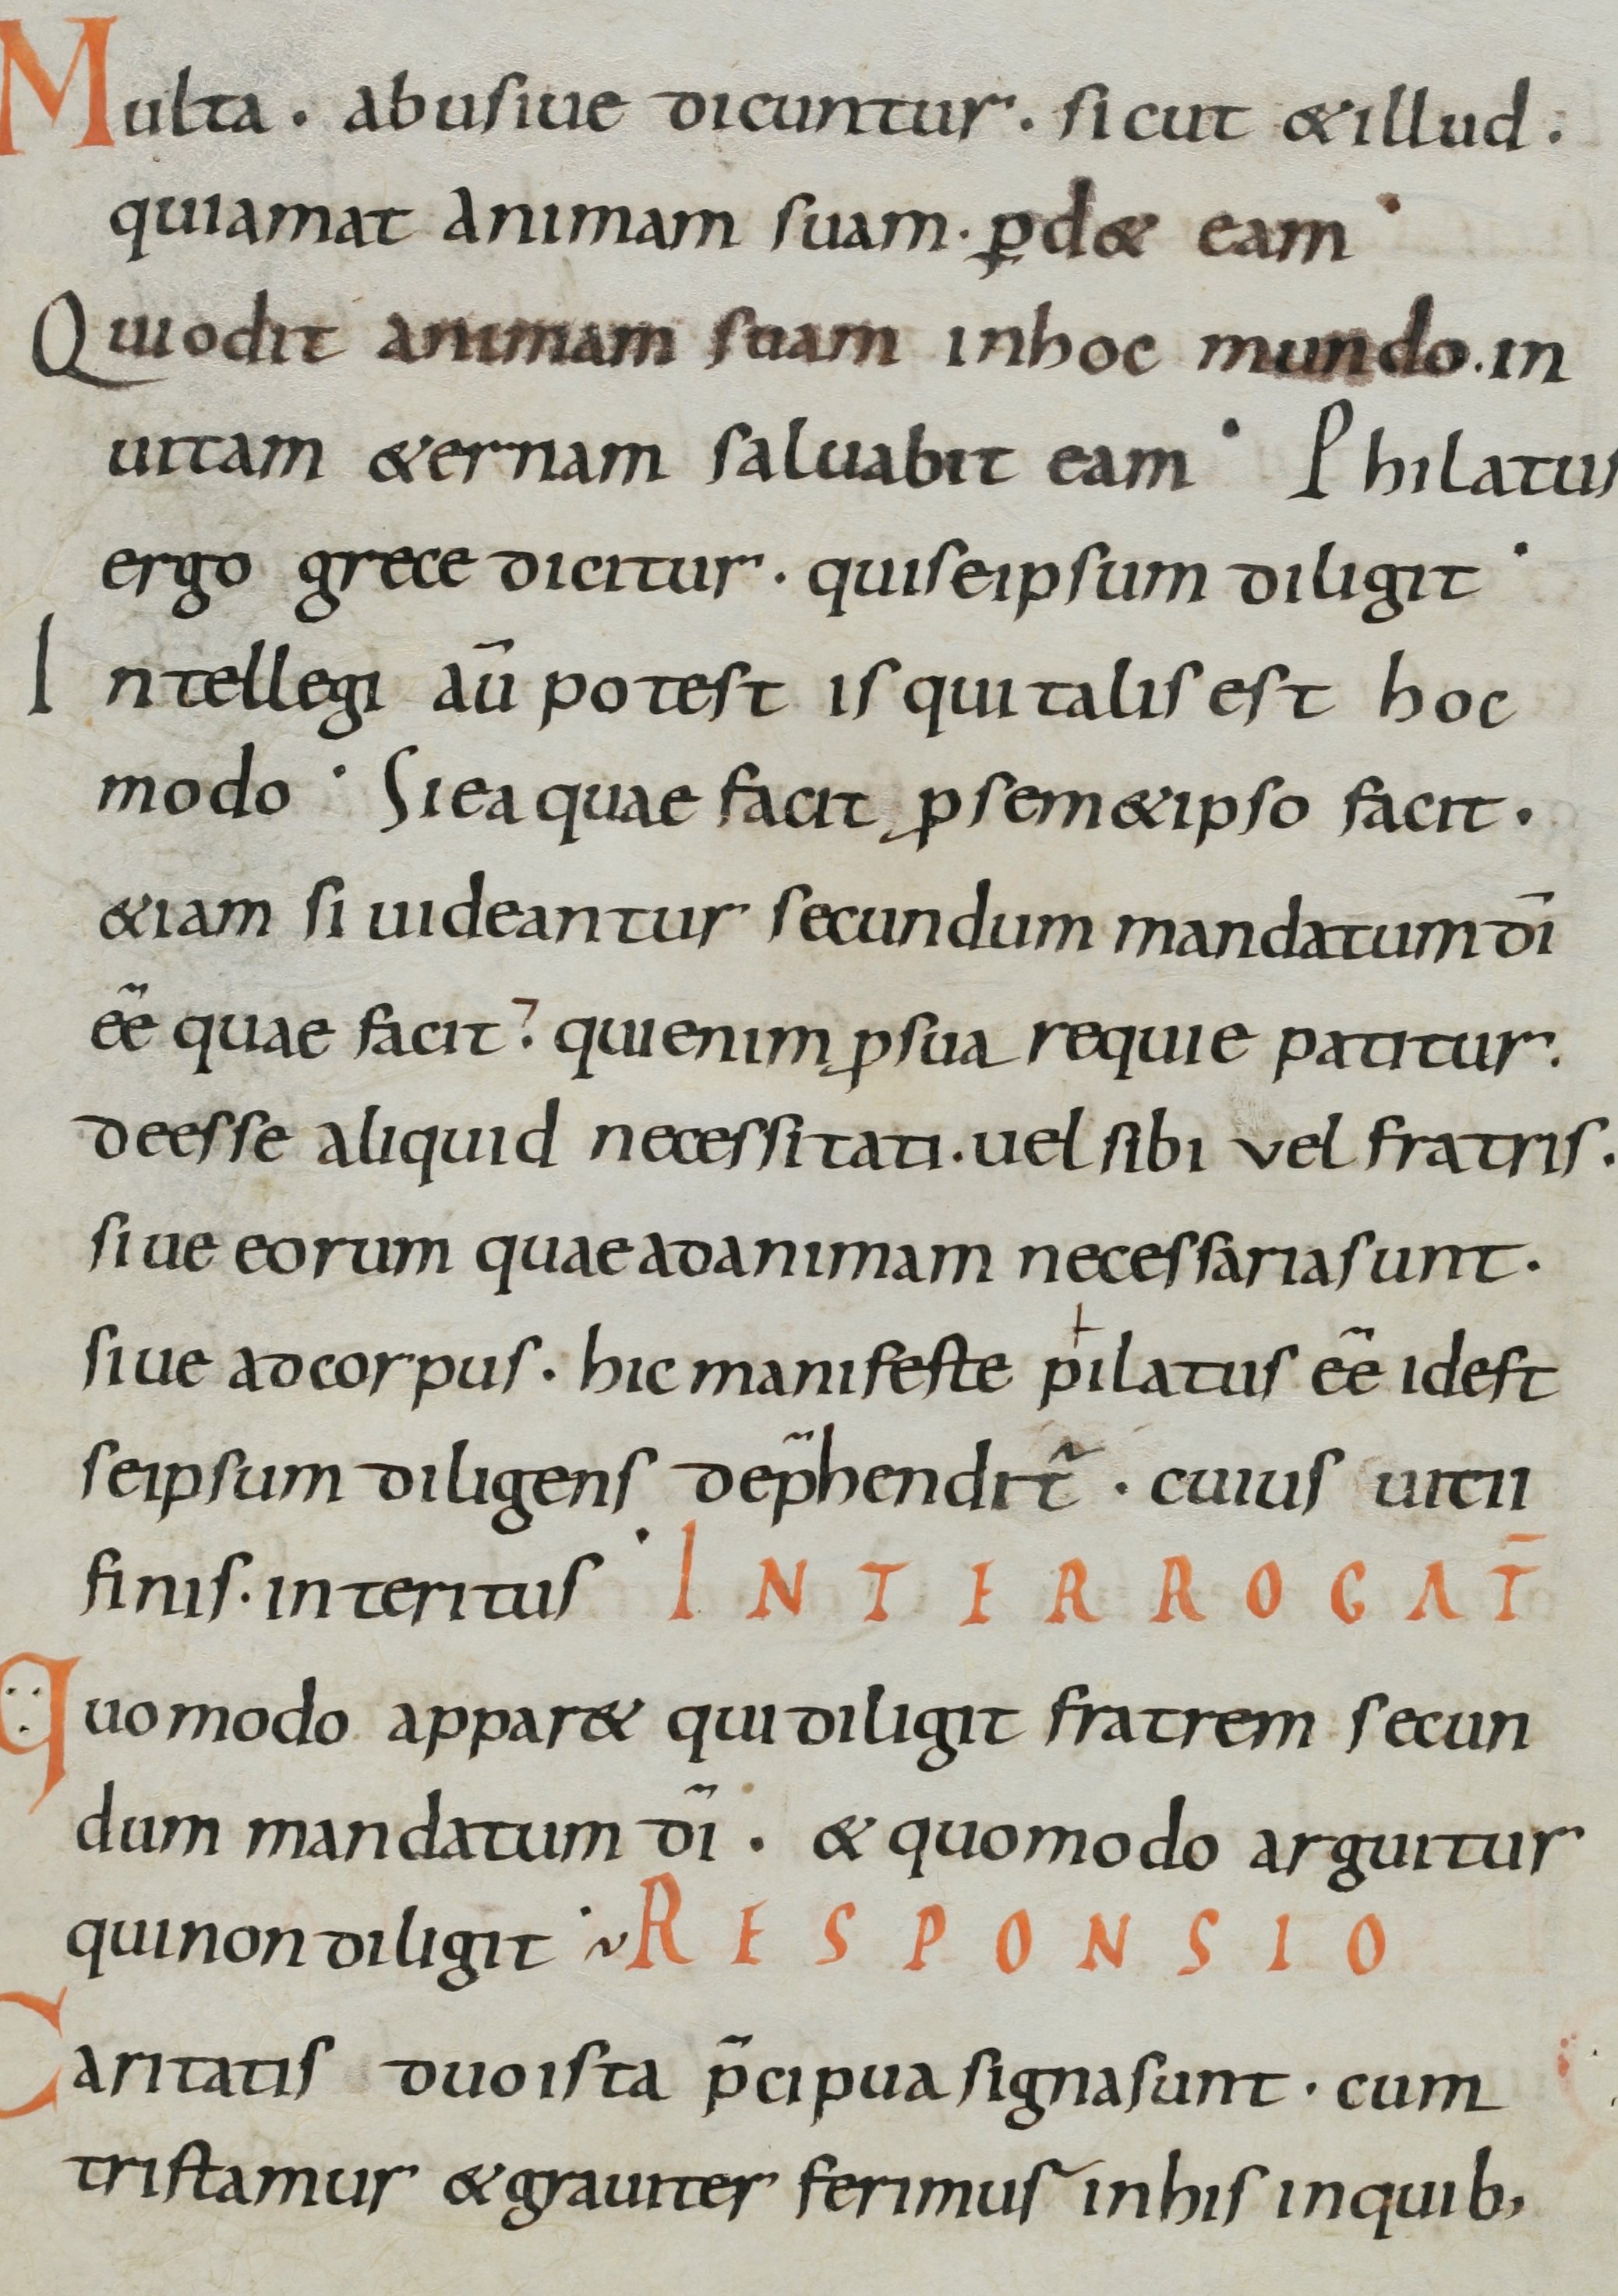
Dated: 800–899